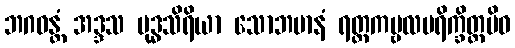
ဘဂဝန္တံ အဒ္ဒသ ဗုဒ္ဓသိရိယာ သောဘမာနံ ရတ္တကမ္ဗလပရိက္ခိတ္တမိဝ